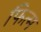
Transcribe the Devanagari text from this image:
फित्म